Plague in India, 1896, 1897 - Volume 1
Year: 1896
Disease focus: Plague
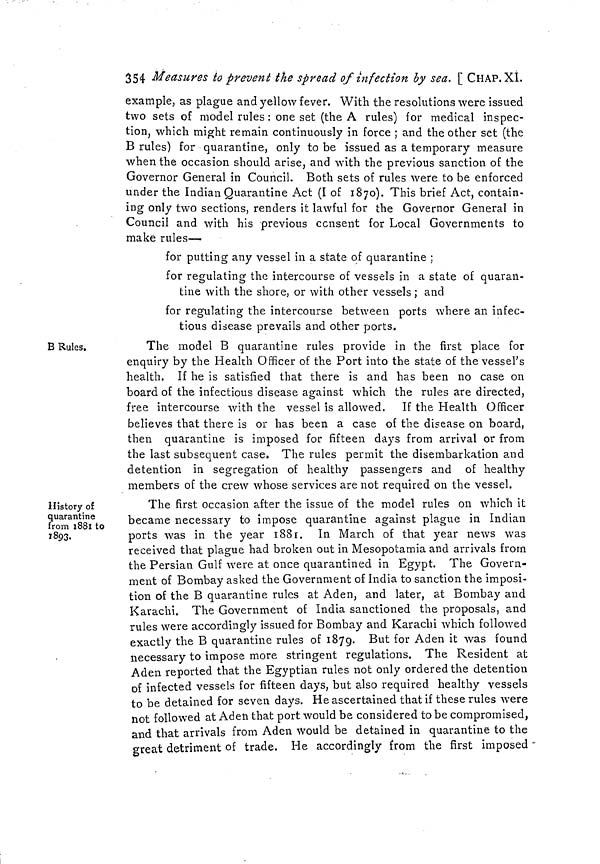
354 Measures to prevent the spread of infection by sea. [CHAP. XI.
example, as plague and yellow fever. With the resolutions were issued
two sets of model rules : one set (the A rules) for medical inspec-
tion, which might remain continuously in force ; and the other set (the
B rules) for quarantine, only to be issued as a temporary measure
when the occasion should arise, and with the previous sanction of the
Governor General in Council. Both sets of rules were to be enforced
under the Indian Quarantine Act (I of 1870). This brief Act, contain-
ing only two sections, renders it lawful for the Governor General in
Council and with his previous consent for Local Governments to
make rules—
for putting any vessel in a state of quarantine ;
for regulating the intercourse of vessels In a state of quaran-
tine with the shore, or with other vessels ; and
for regulating the intercourse between ports where an infec-
tious disease prevails and other ports.
B Rules.
The model B quarantine rules provide in the first place for
enquiry by the Health Officer of the Port into the state of the vessel's
health. If he is satisfied that there is and has been no case on
board of the infectious disease against which the rules are directed,
free intercourse with the vessel is allowed. If the Health Officer
believes that there is or has been a case of the disease on board,
then quarantine is imposed for fifteen days from arrival or from
the last subsequent case. The rules permit the disembarkation and
detention in segregation of healthy passengers and of healthy
members of the crew whose services are not required on the vessel.
History of
quarantine
from 1881 to
1893.
The first occasion after the issue of the model rules on which it
became necessary to impose quarantine against plague in Indian
ports was in the year 1881. In March of that year news was
received that plague had broken out in Mesopotamia and arrivals from
the Persian Gulf were at once quarantined in Egypt. The Govern-
ment of Bombay asked the Government of India to sanction the imposi-
tion of the B quarantine rules at Aden, and later, at Bombay and
Karachi. The Government of India sanctioned the proposals, and
rules were accordingly issued for Bombay and Karachi which followed
exactly the B quarantine rules of 1879. But for Aden it was found
necessary to impose more stringent regulations. The Resident at
Aden reported that the Egyptian rules not only ordered the detention
of infected vessels for fifteen days, but also required healthy vessels
to be detained for seven days. He ascertained that if these rules were
not followed at Aden that port would be considered to be compromised,
and that arrivals from Aden would be detained in quarantine to the
great detriment of trade. He accordingly from the first imposed